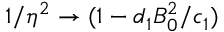
1 / \eta ^ { 2 } \rightarrow ( 1 - d _ { 1 } B _ { 0 } ^ { 2 } / c _ { 1 } )